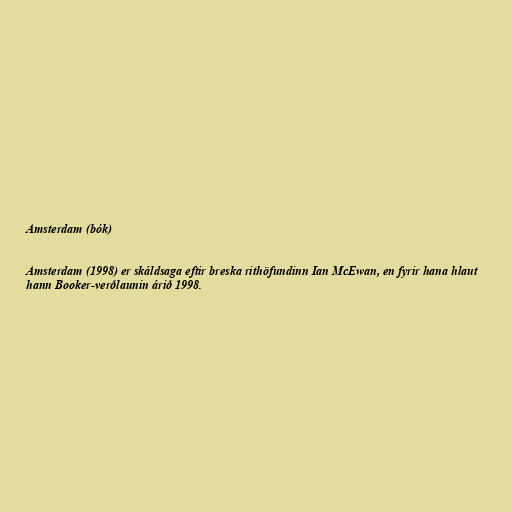
Amsterdam (bók)

Amsterdam (1998) er skáldsaga eftir breska rithöfundinn Ian McEwan, en fyrir hana hlaut
hann Booker-verðlaunin árið 1998.